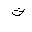
Letter: _tha